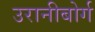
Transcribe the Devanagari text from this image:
उरानीबोर्ग